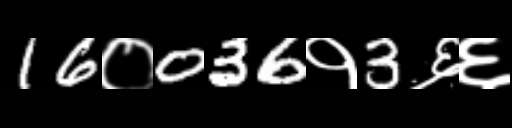
Text: 16०036१3६६